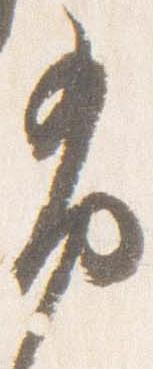
布